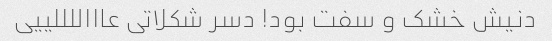
دنیش خشک و سفت بود! دسر شکلاتی عاااللللییی